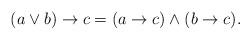
LaTeX: \begin{align*}(a \vee b) \to c=(a \to c) \wedge (b \to c).\end{align*}